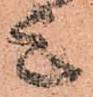
上